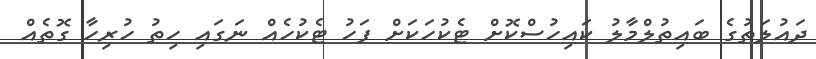
ދައުލަތުގެ ބައިތުލްމާލު ކައިހުސްކޮށް ޓެކުހަކަށް ފަހު ޓެކުހެއް ނަގައި ހިތު ހުރިހާ ގޮތެއް